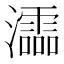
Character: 𤃩